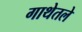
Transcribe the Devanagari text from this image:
गाथेतले